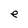
Character: e